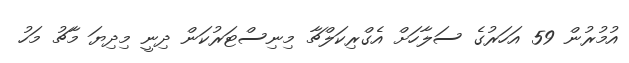
އުމުރުން 59 އަހަރުގެ ސަލާހަށް އެގްރިކަލްޗާ މިނިސްޓަރުކަން ދިނީ މިދިޔަ މާޗު މަހު